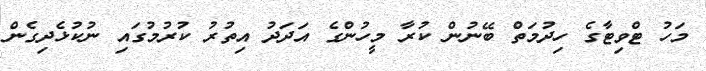
މަހު ޓްވިޓާގެ ހިދުމަތް ބޭނުން ކުރާ މީހުންގެ އަދަދު އިތުރު ކުރުމުގައި ނުކުޅެދިގެން